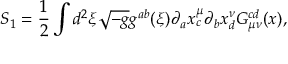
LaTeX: S _ { 1 } = \frac { 1 } { 2 } \int d ^ { 2 } \xi \sqrt { - g } g ^ { a b } ( \xi ) \partial _ { a } x _ { c } ^ { \mu } \partial _ { b } x _ { d } ^ { \nu } G _ { \mu \nu } ^ { c d } ( x ) ,